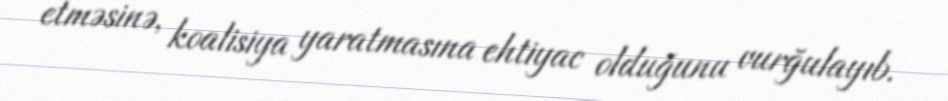
etməsinə, koalisiya yaratmasına ehtiyac olduğunu vurğulayıb.